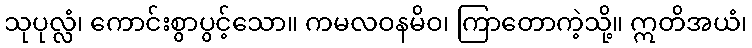
သုပုလ္လံ၊ ကောင်းစွာပွင့်သော။ ကမလဝနမိဝ၊ ကြာတောကဲ့သို့။ ဣတိအယံ၊